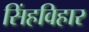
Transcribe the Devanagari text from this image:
सिंहविहार